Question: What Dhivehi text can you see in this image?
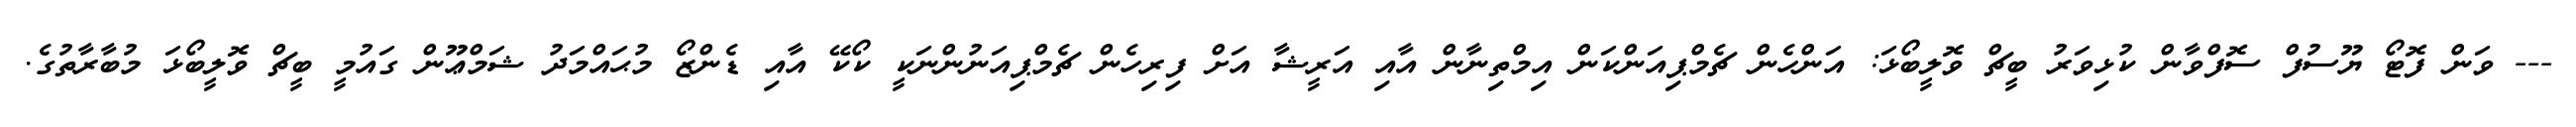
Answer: --- ވަން ފޮޓޯ ޔޫސުފް ސޮފްވާން ކުޅިވަރު ބީޗް ވޮލީބޯޅަ: އަންހެން ޗެމްޕިއަންކަން އިމްތިނާން އާއި އަރީޝާ އަށް ފިރިހެން ޗެމްޕިއަނުންނަކީ ކޯކޭ އާއި ޑެންޒޯ މުޙައްމަދު ޝަމްޢޫން ގައުމީ ބީޗް ވޮލީބޯޅަ މުބާރާތުގެ.